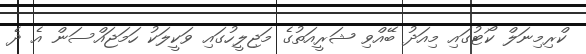
ކްރިމިނަލް ކޯޓުގައި މިއަދު ބޭއްވި ޝަރީއަތުގެ މަޖިލީހުގައި ވަކީލަކު ހަމަޖައްސަން އެ ދެ